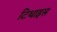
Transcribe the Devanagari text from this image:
टिथाइस